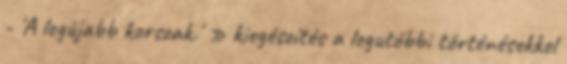
- 'A legújabb korszak.' » kiegészítés a legutóbbi történésekkel